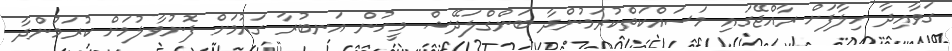
ގަވާއިދާ ހިލާފަށް ރާއްޖޭގައި މަސައްކަތްކުރަމުންދާ ބަންގްލަދޭޝް މީހުން އަނބުރާ ގައުމަށް ފޮނުވާލުމަށް ކުރަމުންދާ